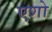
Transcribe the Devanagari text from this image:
एशो